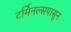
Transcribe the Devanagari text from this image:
टर्मिनल्सपासून